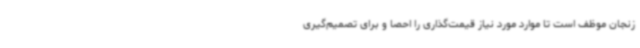
زنجان موظف است تا موارد مورد نیاز قیمت‌گذاری را احصا و برای تصمیم‌گیری